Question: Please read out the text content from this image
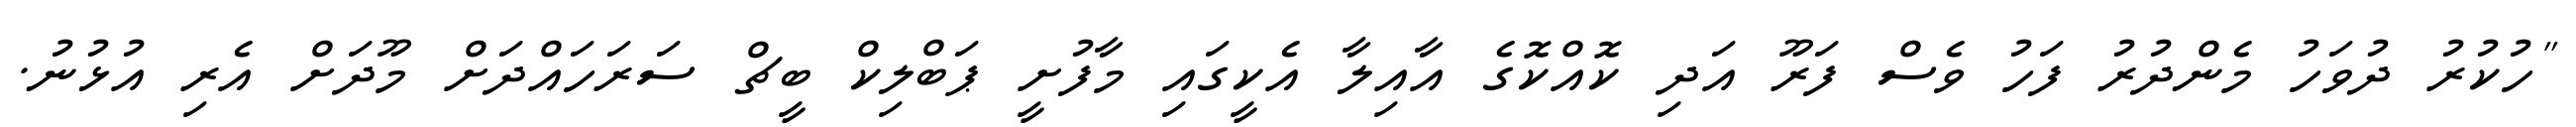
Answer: "ހުކުރު ދުވަހު މެންދުރު ފަހު ވެސް ފަރޫ އަދި ކޮއްކޮގެ އާއިލާ އެކީގައި މާފުށީ ޕަބްލިކް ބީޗް ސަރަހައްދަށް މޫދަށް އެރި އުޅުނު.